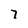
Character: 7